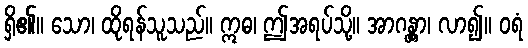
ရှိ၏။ သော၊ ထိုရန်သူသည်။ ဣဓ၊ ဤအရပ်သို့။ အာဂန္တွာ၊ လာ၍။ ဝရံ